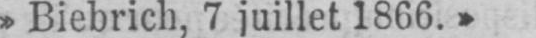
»Biebrich, 7 juillet 1866.»